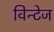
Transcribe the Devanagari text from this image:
विन्टेज